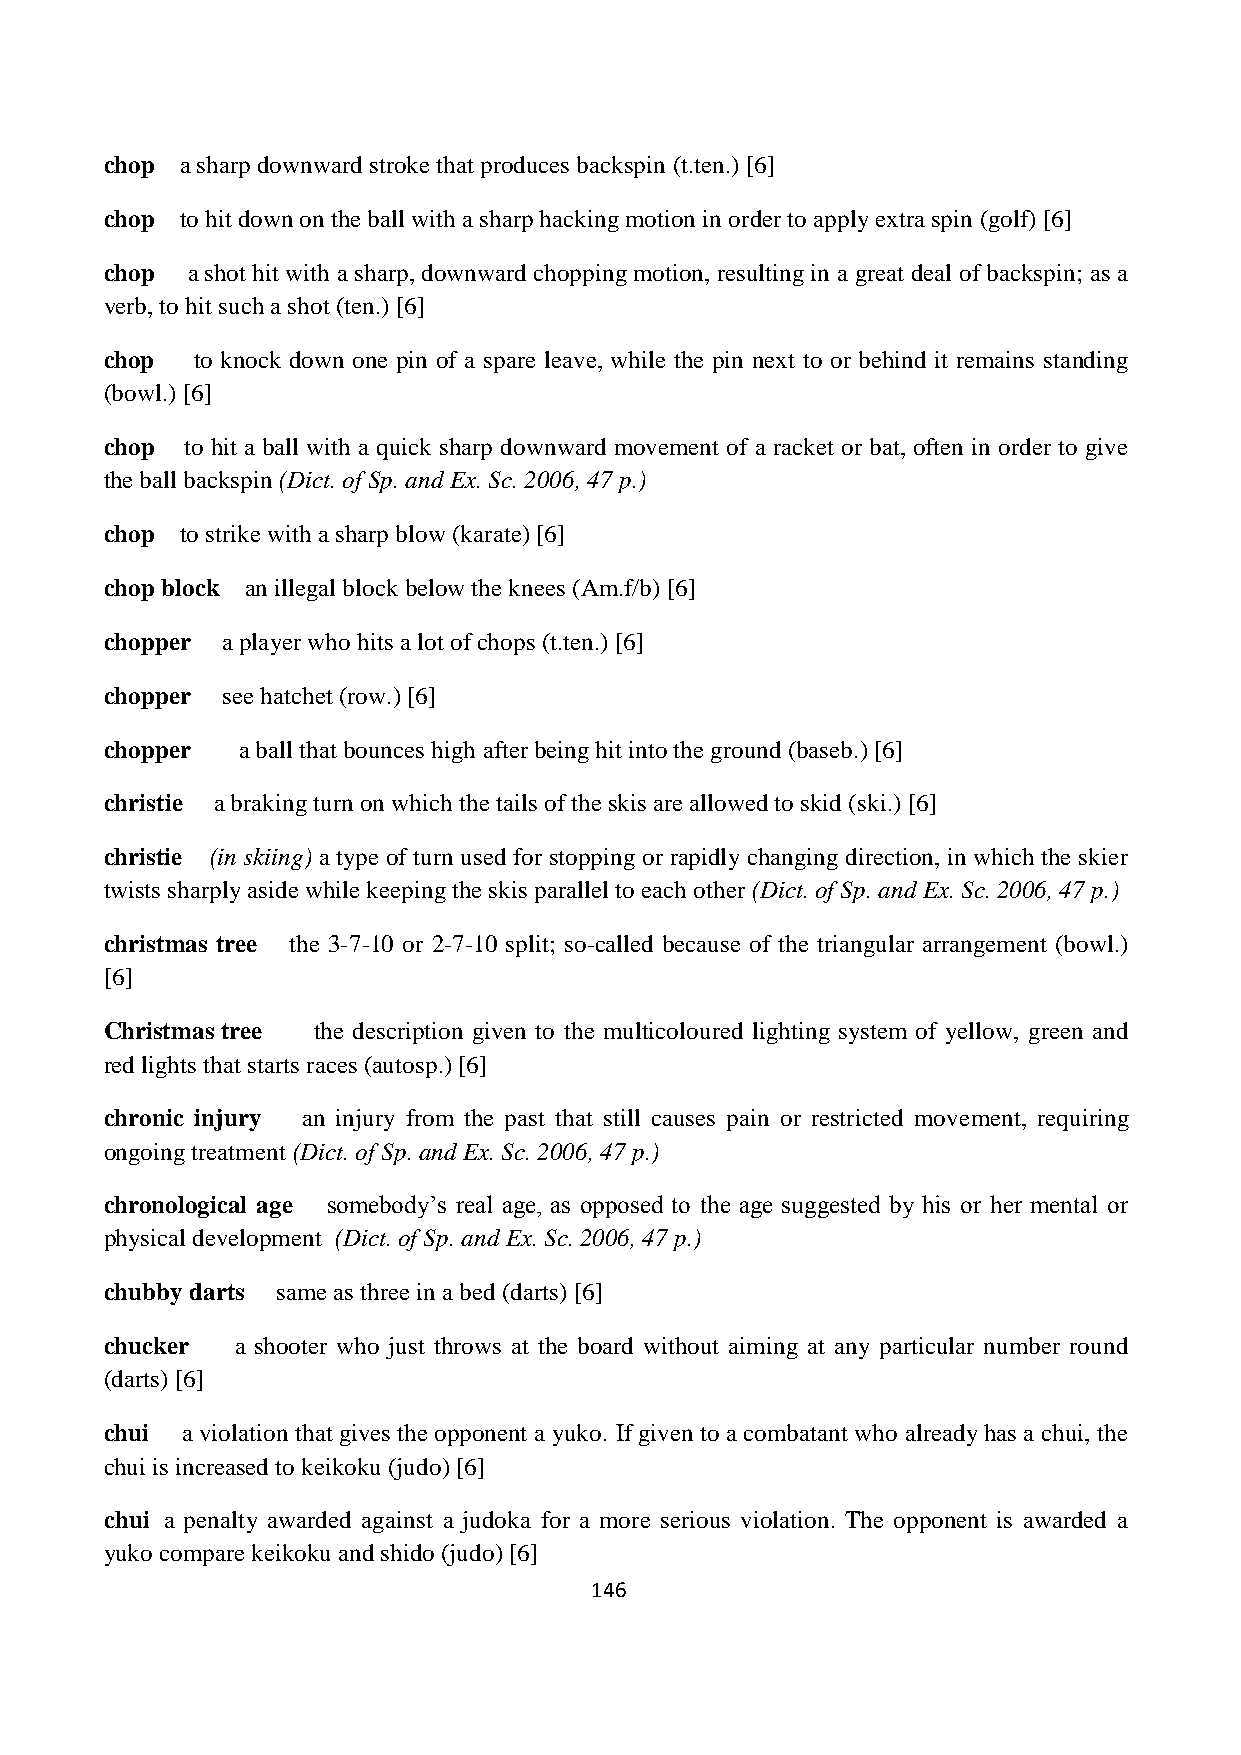
chop a sharp downward stroke that produces backspin (t.ten.) [6]
 chop to hit down on the ball with a sharp hacking motion in order to apply extra spin (golf) [6]
 chop a shot hit with a sharp, downward chopping motion, resulting in a great deal of backspin; as a
 verb, to hit such a shot (ten.) [6]
 chop  to knock down one pin of a spare leave, while the pin next to or behind it remains standing
 (bowl.) [6]
 chop to hit a ball with a quick sharp downward movement of a racket or bat, often in order to give
 the ball backspin (Dict. of Sp. and Ex. Sc. 2006, 47 p.)
 chop to strike with a sharp blow (karate) [6]
 chop block an illegal block below the knees (Am.f/b) [6]
 chopper a player who hits a lot of chops (t.ten.) [6]
 chopper see hatchet (row.) [6]
 chopper  a ball that bounces high after being hit into the ground (baseb.) [6]
 christie a braking turn on which the tails of the skis are allowed to skid (ski.) [6]
 christie (in skiing) a type of turn used for stopping or rapidly changing direction, in which the skier
 twists sharply aside while keeping the skis parallel to each other (Dict. of Sp. and Ex. Sc. 2006, 47 p.)
 christmas tree the 3-7-10 or 2-7-10 split; so-called because of the triangular arrangement (bowl.)
 [6]
 Christmas tree the description given to the multicoloured lighting system of yellow, green and
 red lights that starts races (autosp.) [6]
 chronic injury an injury from the past that still causes pain or restricted movement, requiring
 ongoing treatment (Dict. of Sp. and Ex. Sc. 2006, 47 p.)
 chronological age somebody’s real age, as opposed to the age suggested by his or her mental or
 physical development (Dict. of Sp. and Ex. Sc. 2006, 47 p.)
 chubby darts same as three in a bed (darts) [6]
 chucker  a shooter who just throws at the board without aiming at any particular number round
 (darts) [6]
 chui a violation that gives the opponent a yuko. If given to a combatant who already has a chui, the
 chui is increased to keikoku (judo) [6]
 chui a penalty awarded against a judoka for a more serious violation. The opponent is awarded a
 yuko compare keikoku and shido (judo) [6]
 146